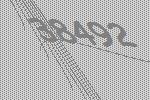
38492